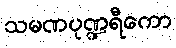
သမဏပုဏ္ဍရီကော